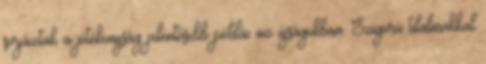
sorjáztak a jótékonyság jelentősebb példái az újságokban. Szigorú tilalmakkal